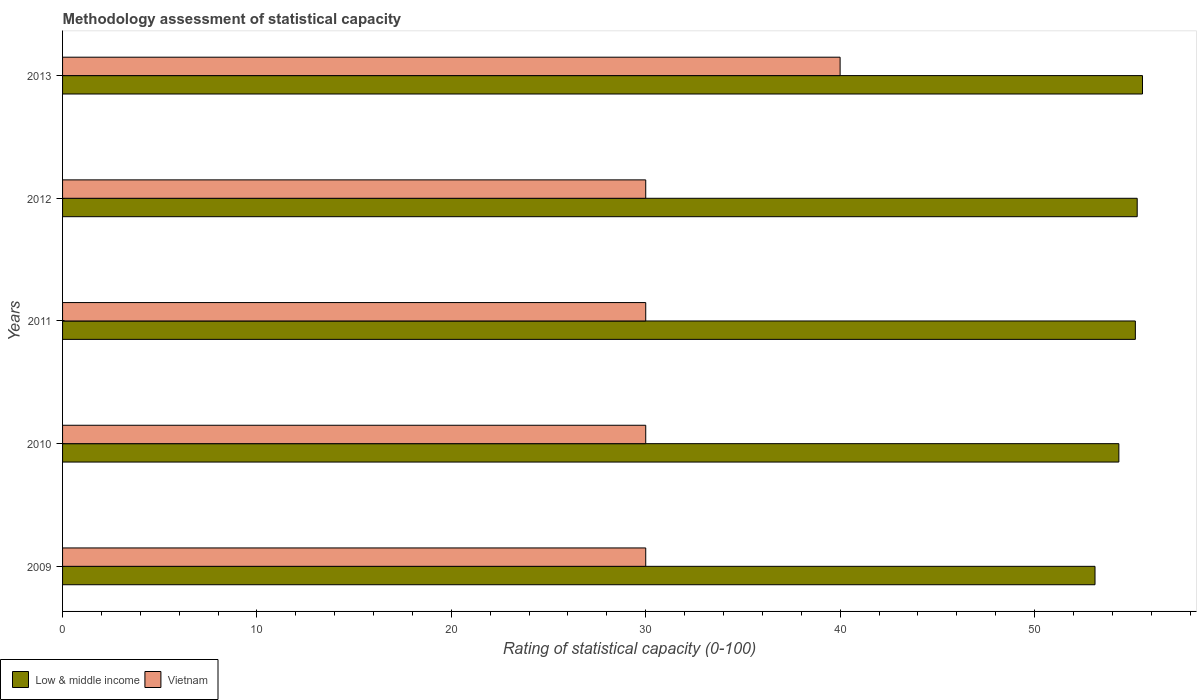
| Years | Low & middle income | Vietnam |
 | --- | --- | --- |
 | 2009 | 53.1 | 30 |
 | 2010 | 54.3 | 30 |
 | 2011 | 55.2 | 30 |
 | 2012 | 55.3 | 30 |
 | 2013 | 55.6 | 40 |